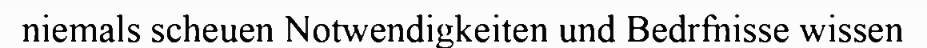
niemals scheuen Notwendigkeiten und Bedrfnisse wissen